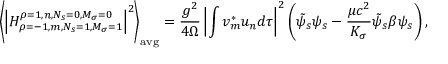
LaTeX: \left\langle \left| H _ { \rho = - 1 , m , N _ { s } = 1 , M _ { \sigma } = 1 } ^ { \rho = 1 , n , N _ { s } = 0 , M _ { \sigma } = 0 } \right| ^ { 2 } \right\rangle _ { \mathrm { a v g } } = { \frac { g ^ { 2 } } { 4 \Omega } } \left| \int v _ { m } ^ { * } u _ { n } d \tau \right| ^ { 2 } \left( { \tilde { \psi } } _ { s } \psi _ { s } - { \frac { \mu c ^ { 2 } } { K _ { \sigma } } } { \tilde { \psi } } _ { s } \beta \psi _ { s } \right) ,